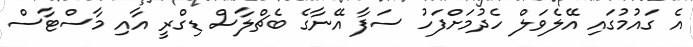
އެ ގައުމުގައި އޭލެވަލް ހެދުމަށްފަހު ސަފާ އޭނާގެ ބެޗްލާސް ޑިގްރީ އާއި މާސްޓާސް